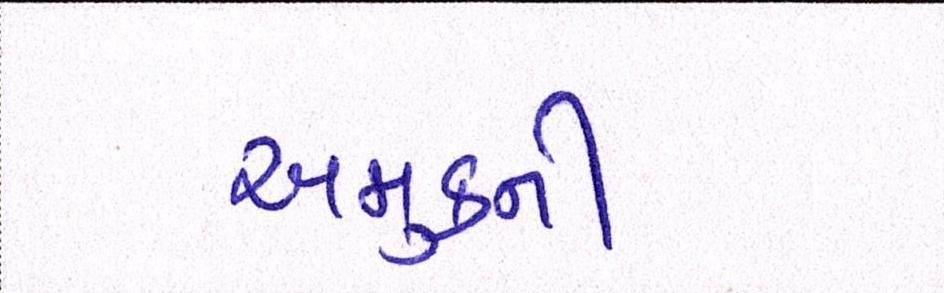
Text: અમુકની